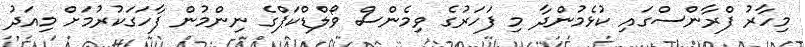
މިހާރު ފްރާންސްގައި ކުޅެމުންދާ މި ފަހަރުގެ ވިމެންސް ވޯލްޑްކަޕްގެ ނިންމުން ފާހަގަކުރުމަށް މިއަދު